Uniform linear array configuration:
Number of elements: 8
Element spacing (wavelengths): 0.75
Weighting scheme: hamming
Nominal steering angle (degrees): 15
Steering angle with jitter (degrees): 13.348
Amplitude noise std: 0.05
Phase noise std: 0.05

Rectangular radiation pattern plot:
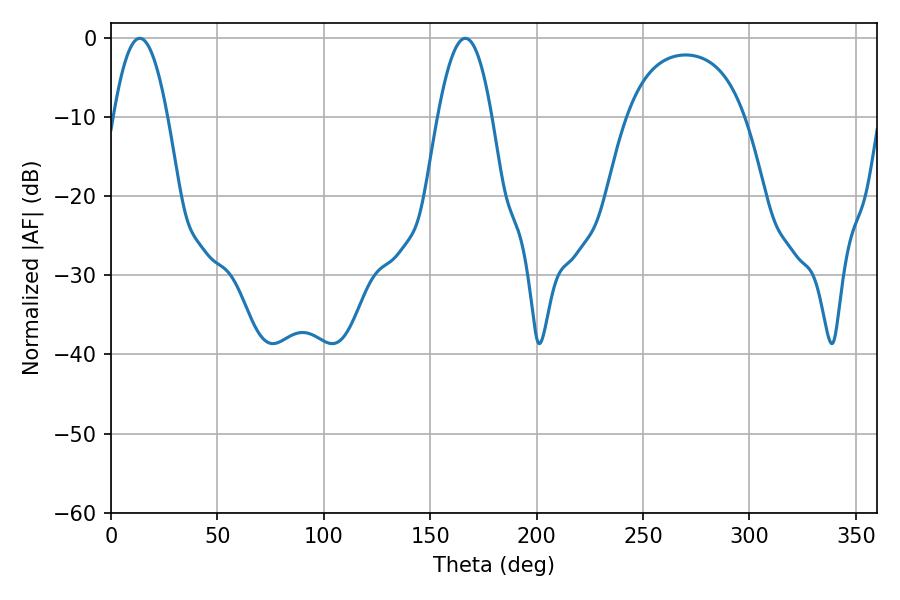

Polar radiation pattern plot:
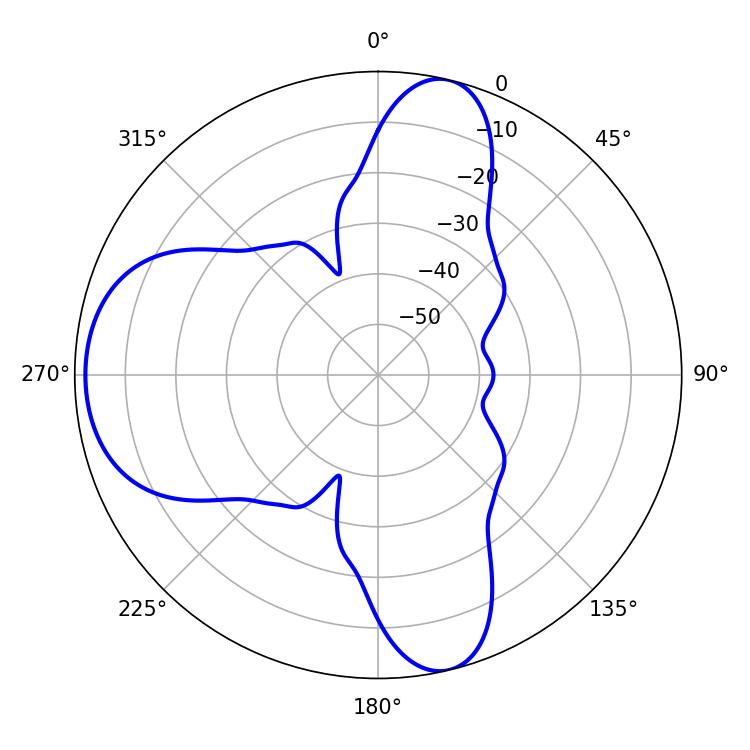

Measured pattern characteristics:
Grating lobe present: TRUE
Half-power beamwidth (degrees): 13.86
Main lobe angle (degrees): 166.5